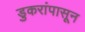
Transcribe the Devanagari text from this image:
डुकरांपासून